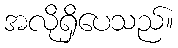
အလိုရှိပေသည်။